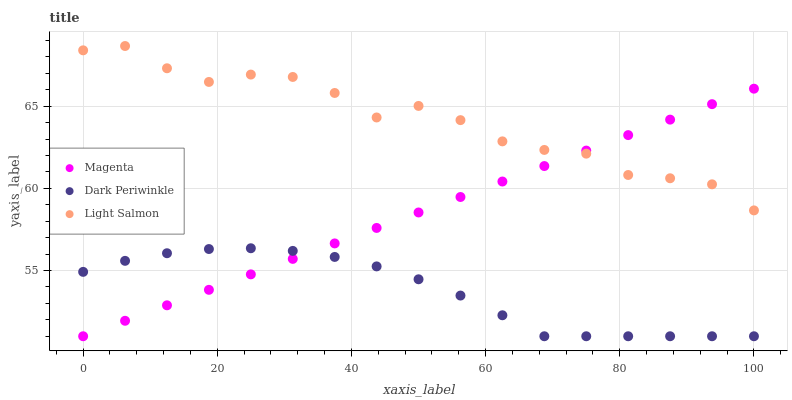
| xaxis_label | Magenta | Dark Periwinkle | Light Salmon |
 | --- | --- | --- | --- |
 | 0 | 51 | 54.9 | 68.4 |
 | 6.25 | 51.9 | 55.6 | 68.7 |
 | 12.5 | 52.9 | 56.1 | 67.3 |
 | 18.8 | 53.8 | 56.3 | 66.5 |
 | 25 | 54.8 | 56.4 | 66.9 |
 | 31.2 | 55.7 | 56.2 | 66.8 |
 | 37.5 | 56.6 | 55.8 | 65.8 |
 | 43.8 | 57.6 | 55.3 | 64.3 |
 | 50 | 58.5 | 54.5 | 65 |
 | 56.2 | 59.5 | 53.5 | 64.1 |
 | 62.5 | 60.4 | 52.3 | 62.9 |
 | 68.8 | 61.4 | 51 | 62.3 |
 | 75 | 62.3 | 51 | 62.1 |
 | 81.2 | 63.2 | 51 | 60.8 |
 | 87.5 | 64.2 | 51 | 60.6 |
 | 93.8 | 65.1 | 51 | 60.2 |
 | 100 | 66.1 | 51 | 58.7 |